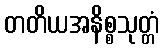
တတိယအနိစ္စသုတ္တံ